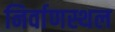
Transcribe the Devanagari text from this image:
निर्वाणस्थल